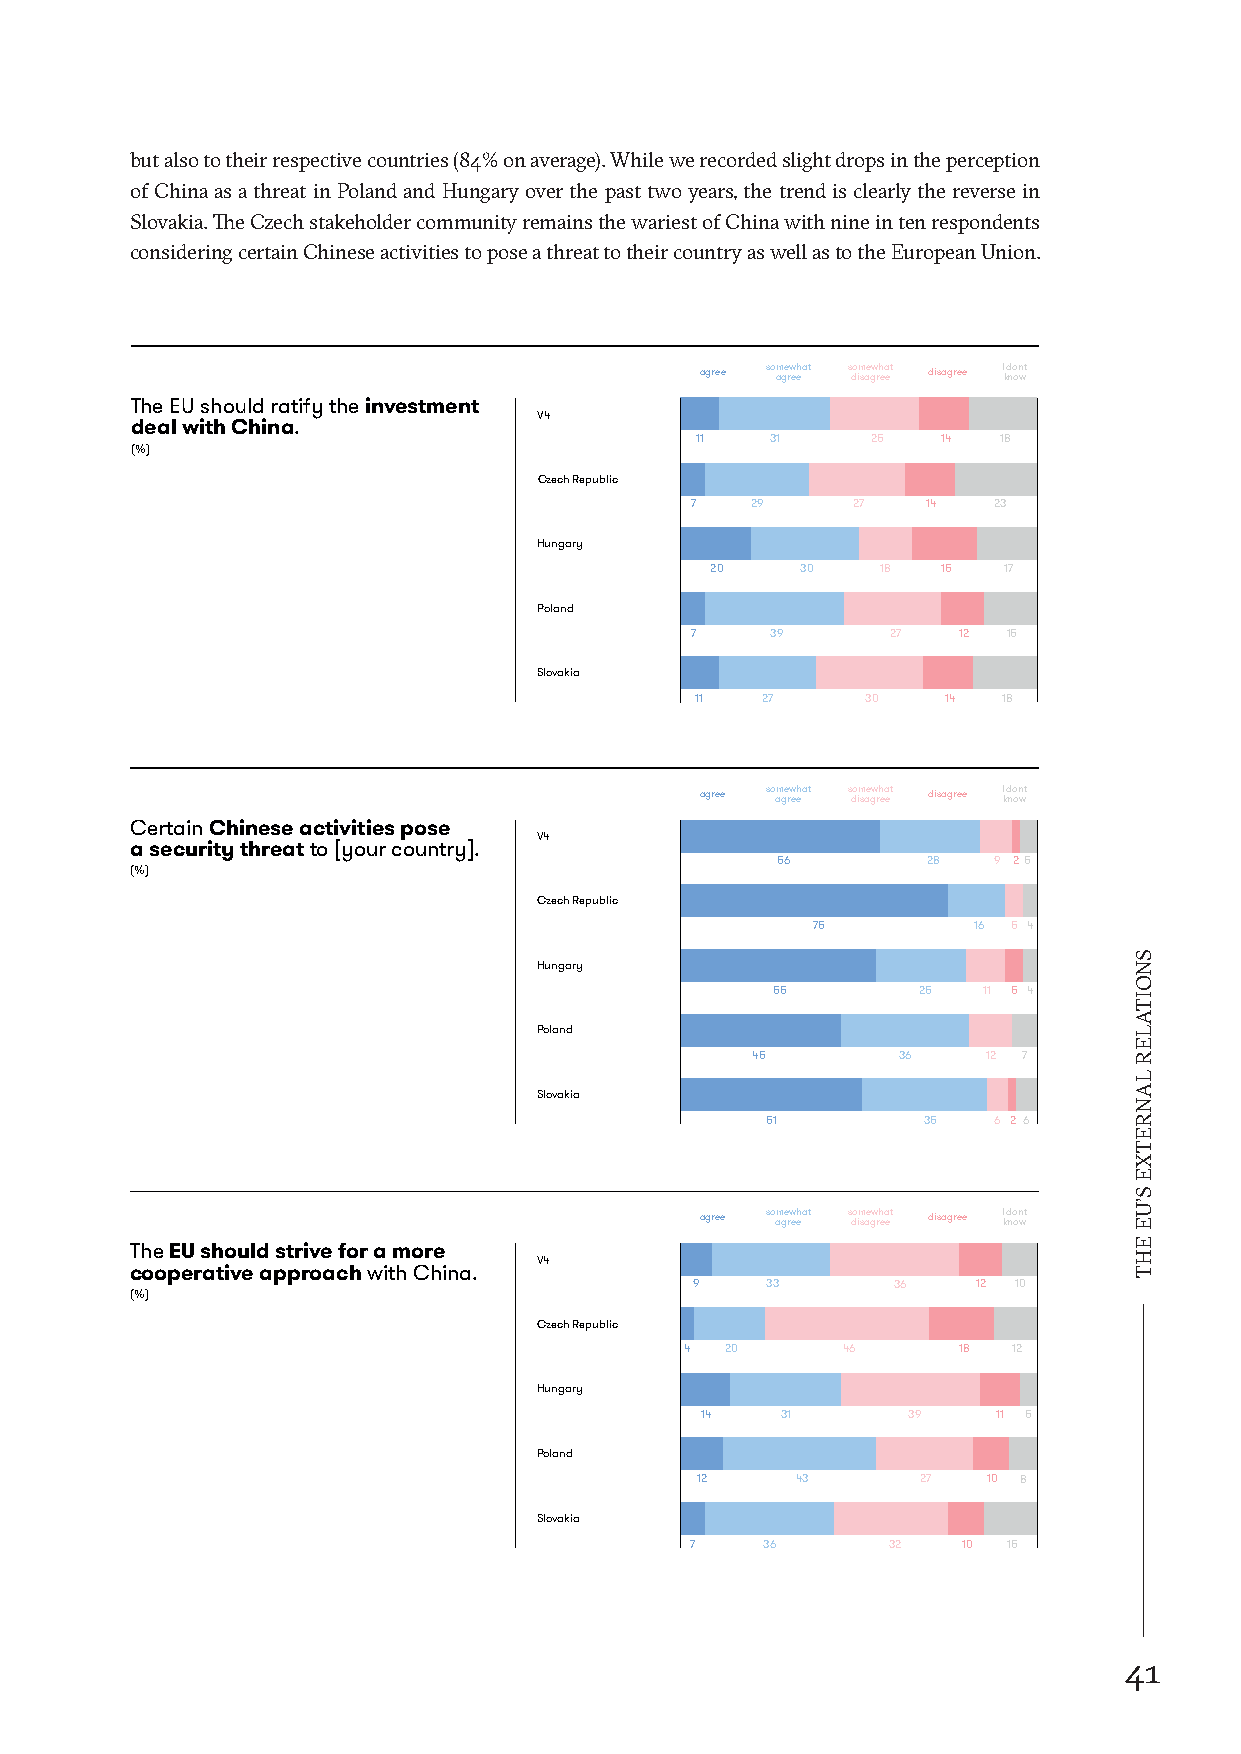
but also to their respective countries (84% on average). While we recorded slight drops in the perception
 of China as a threat in Poland and Hungary over the past two years, the trend is clearly the reverse in
 Slovakia. The Czech stakeholder community remains the wariest of China with nine in ten respondents
 considering certain Chinese activities to pose a threat to their country as well as to the European Union.
 agree so am ge rw eehat s do im sae gw rh ea et disagree I kd no on wt
 TheEUshouldratifytheinvestment
 V4
 dealwithChina.
 11   31     25  14  18
 (%)
 CzechRepublic
 7   29    27   14   23
 Hungary
 20    30   18  15  17
 Poland
 7    39      27  12  15
 Slovakia
 11  27     30   14  18
 agree so am ge rw eehat s do im sae gw rh ea et disagree I kd no on wt
 CertainChineseactivitiespose
 V4
 asecuritythreatto[yourcountry].
 56        28   9 25
 (%)
 CzechRepublic
 75        16 5 4
 Hungary
 55        25  11 5 4
 Poland
 45       36    12 7
 Slovakia
 51        35   6 2 6
 agree so am ge rw eehat s do im sae gw rh ea et disagree I kd no on wt
 TheEUshouldstriveforamore
 V4
 cooperativeapproachwithChina.
 9    33      36    12 10
 (%)
 CzechRepublic
 4  20      46     18  12
 Hungary
 14    31      39    11 5
 Poland
 12     43      27  10 8
 Slovakia
 7   36       32   10 15
 41
 SNOITALER
 LANRETXE
 S’UE
 EHT